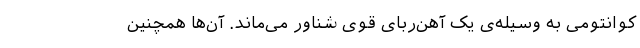
کوانتومی به وسیله‌ی یک آهن‌ربای‌ قوی شناور می‌ماند. آن‌ها همچنین